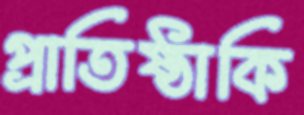
প্রাতিষ্ঠাকি